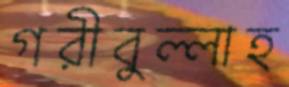
গরীবুল্লাহ